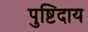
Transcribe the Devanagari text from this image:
पुष्टिदाय